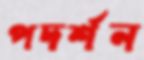
পদর্শন